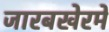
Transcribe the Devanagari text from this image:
जारबखेरमें